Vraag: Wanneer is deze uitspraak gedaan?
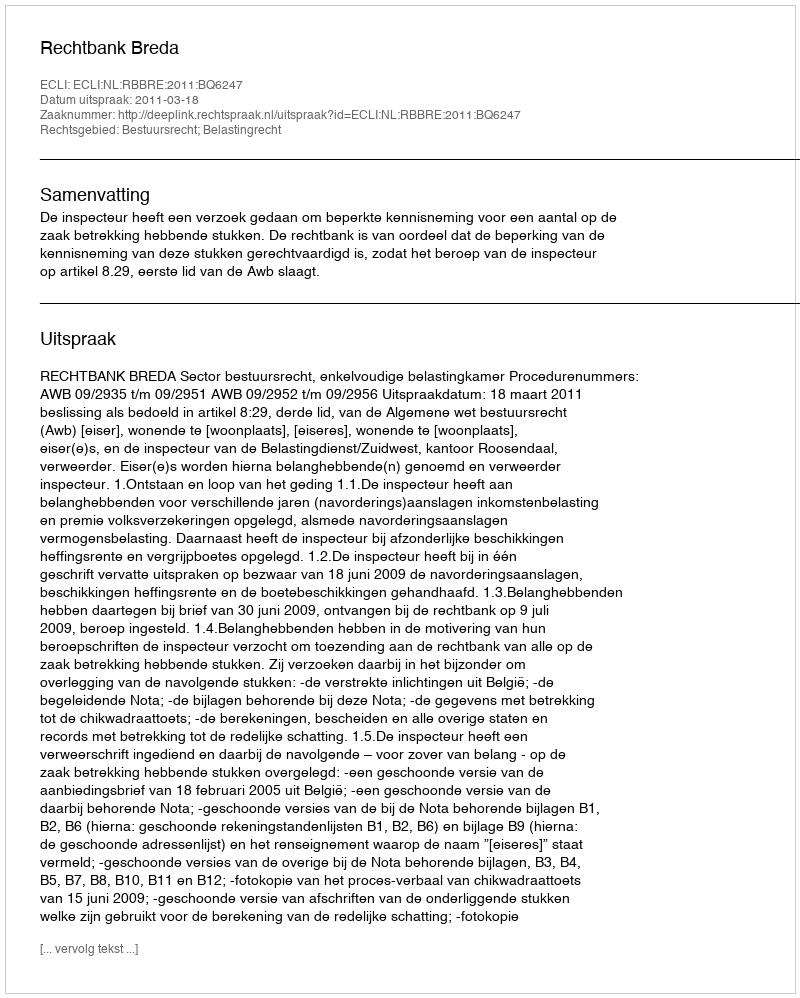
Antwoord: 2011-03-18